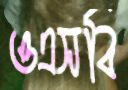
ওএসবি